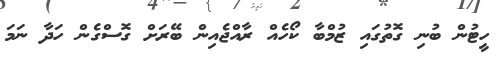
ހީޓުން ބުނި ގޮތުގައި ޒުމްބާ ކޯހެއް ރާއްޖެއިން ބޭރަށް ގޮސްގެން ހަދާ ނަމަ